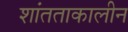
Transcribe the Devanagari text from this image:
शांतताकालीन